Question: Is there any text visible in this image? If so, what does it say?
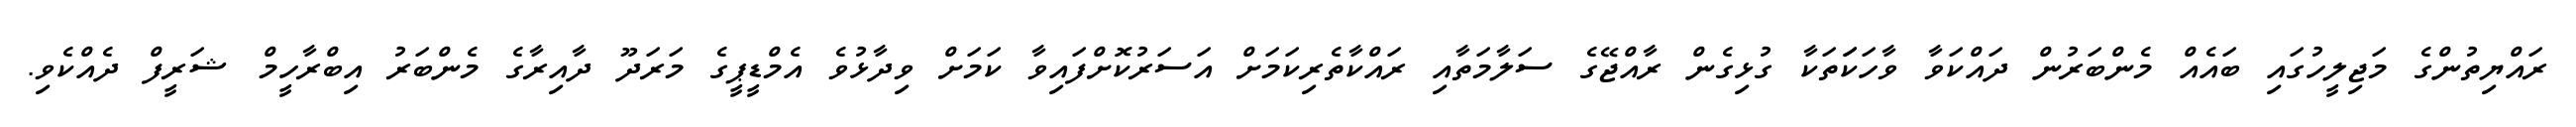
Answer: ރައްޔިތުންގެ މަޖިލީހުގައި ބައެއް މެންބަރުން ދައްކަވާ ވާހަކަަތަކާ ގުޅިގެން ރާއްޖޭގެ ސަލާމަތާއި ރައްކާތެރިކަމަށް އަސަރުކޮށްފައިވާ ކަމަށް ވިދާޅުވެ އެމްޑީޕީގެ މަރަދޫ ދާއިރާގެ މެންބަރު އިބްރާހީމް ޝަރީފް ދެއްކެވި.